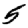
Digit: 5